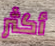
أكثر